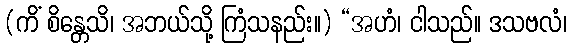
(ကိံ စိန္တေသိ၊ အဘယ်သို့ ကြံသနည်း။) “အဟံ၊ ငါသည်။ ဒသဗလံ၊